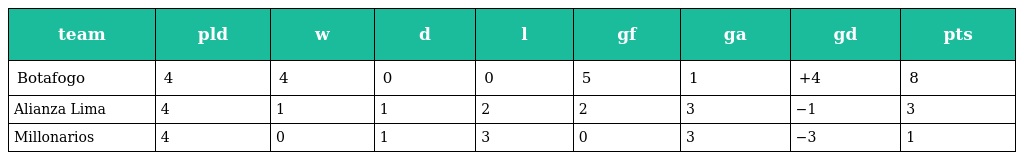
| team | pld | w | d | l | gf | ga | gd | pts |
 | --- | --- | --- | --- | --- | --- | --- | --- | --- |
 | Botafogo | 4 | 4 | 0 | 0 | 5 | 1 | +4 | 8 |
 | Alianza Lima | 4 | 1 | 1 | 2 | 2 | 3 | −1 | 3 |
 | Millonarios | 4 | 0 | 1 | 3 | 0 | 3 | −3 | 1 |